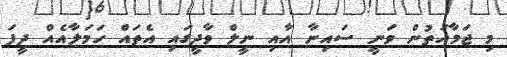
މި ޖަމާއަތުން ވަނީ ސައިނާ އާއި ނީލް ވާދީގައި އެތައް ހަމަލާއެއް ދީފަ